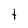
Character: t